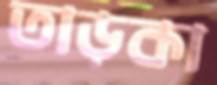
তাড়কা